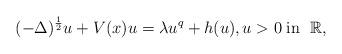
LaTeX: \begin{align*}(-\Delta)^{\frac{1}{2}} u+ V(x) u= \lambda u^{q} + h(u) , u> 0 \;\textrm{in } \;\mathbb R,\end{align*}